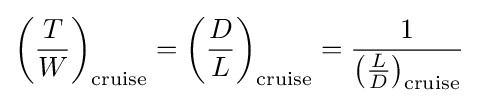
\left({\frac {T}{W}}\right)_{\text{cruise}}=\left({\frac {D}{L}}\right)_{\text{cruise}}={\frac {1}{\left({\frac {L}{D}}\right)_{\text{cruise}}}}